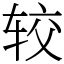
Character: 较